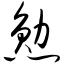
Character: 勋